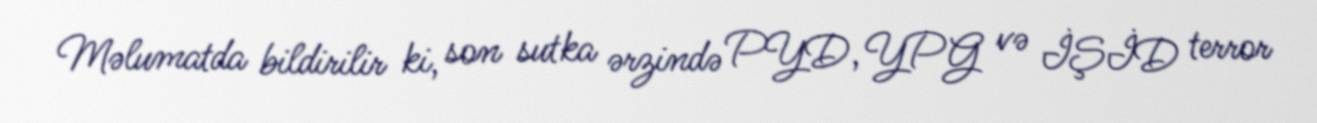
Məlumatda bildirilir ki, son sutka ərzində PYD, YPG və İŞİD terror